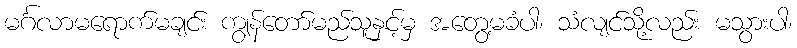
မင်္ဂလာမရောက်မချင်း ကျွန်တော်မည်သူနှင့်မှ အတွေ့မခံပါ၊ သံလျင်သို့လည်း မသွားပါ၊